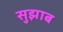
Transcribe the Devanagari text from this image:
सुझाब